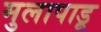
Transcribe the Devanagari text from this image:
मुलापाडू